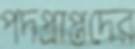
পদপ্রাপ্তদের